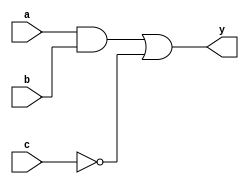
module combinational_logic (
    input wire a,       // Input signal a
    input wire b,       // Input signal b
    input wire c,       // Input signal c
    output reg y        // Output signal y
);

// Always block with sensitivity list
always @(*) begin
    // Combinational logic assignments using logical operations
    y = (a & b) | (~c); // Example logic: y = (a AND b) OR (NOT c)
end

endmodule